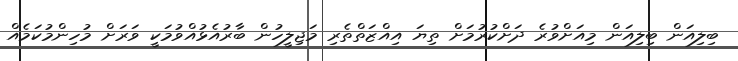
ބިލިއަން ބިލިއަން މިއަށްވުރެ ދަށްކުރުމަށް ތިޔަ އިއްޒަތްތެރި މަޖިލީހުން ބާރުއެޅުއްވުމަކީ ވަރަށް މުހިންމުކަމެއް